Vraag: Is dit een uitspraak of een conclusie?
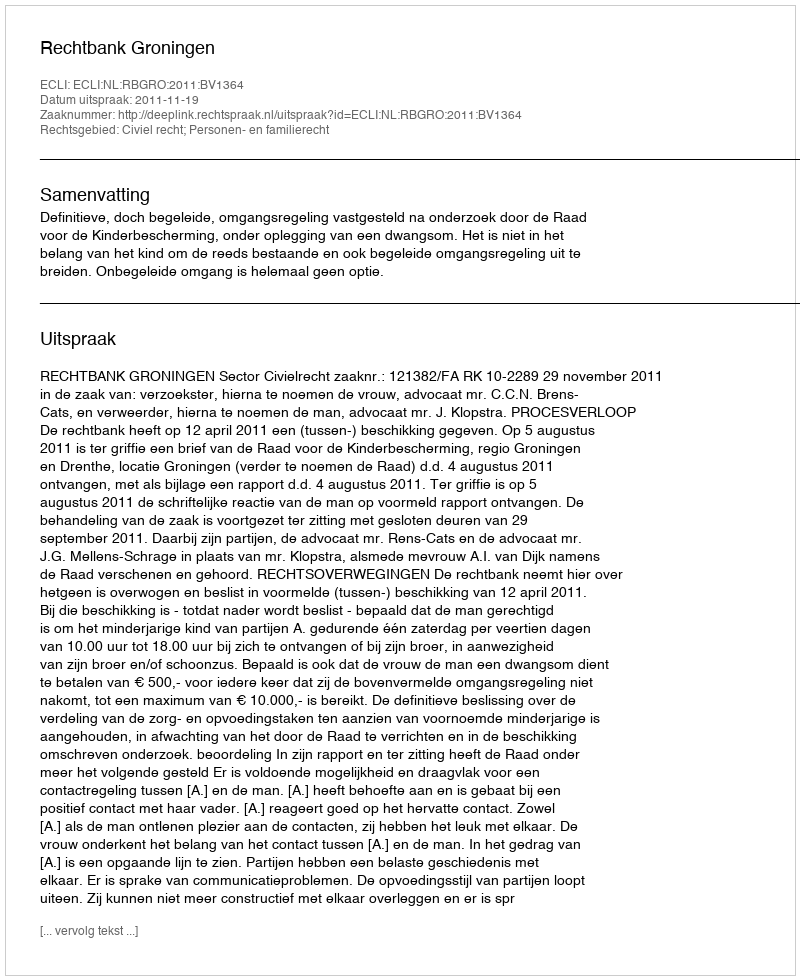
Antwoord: Uitspraak